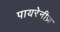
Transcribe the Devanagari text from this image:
पायरेनीज़